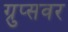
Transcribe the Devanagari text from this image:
ग्रुप्सवर